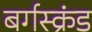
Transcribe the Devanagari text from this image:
बर्गस्क्रंड